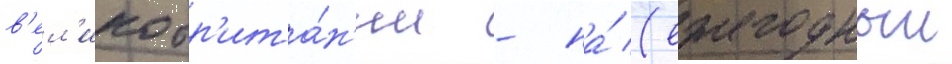
в'ел'икобр'ита́н'ии - на́ (ежегодныи